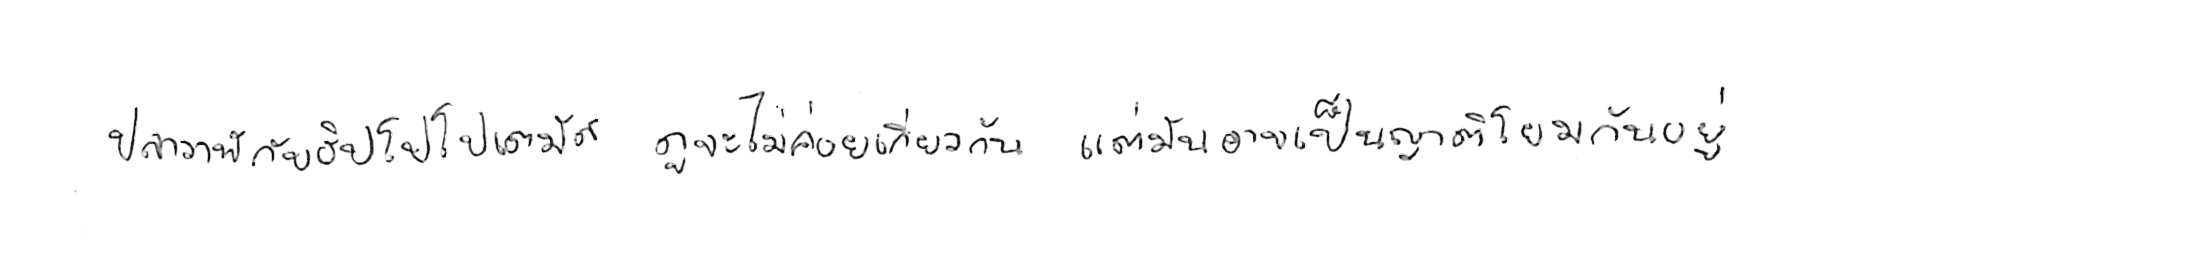
ปลาวาฬ กับ ฮิปโปโปเตมัส ดูจะไม่ค่อยเกี่ยวกัน แต่มันอาจเป็นญาติโยมกันอยู่